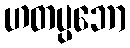
ဟတပ္ပဘော